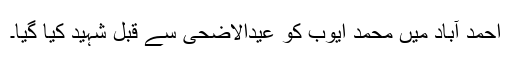
احمد آباد میں محمد ایوب کو عیدالاضحیٰ سے قبل شہید کیا گیا۔